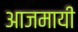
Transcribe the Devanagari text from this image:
आजमायी